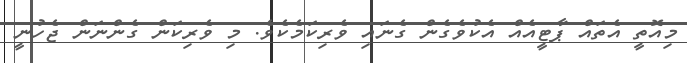
މިއޮތީ އެތައް ޕާޓީއެއް އެކުވެގެން ގެނައި ވެރިކަމެކެވެ. މި ވެރިކަން ގެންނަން ޖެހުނީ